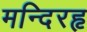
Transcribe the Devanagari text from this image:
मन्दिरहृ